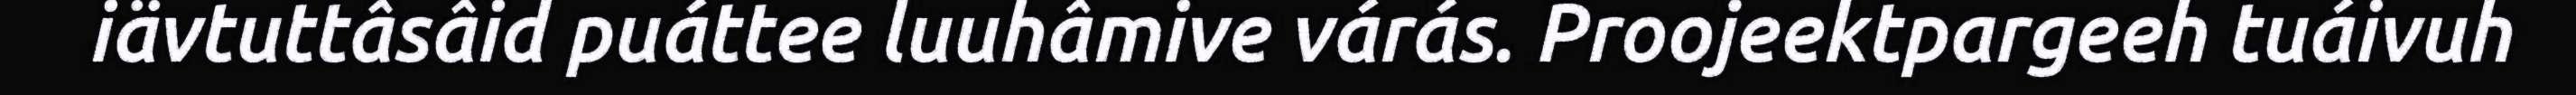
iävtuttâsâid puáttee luuhâmive várás. Proojeektpargeeh tuáivuh